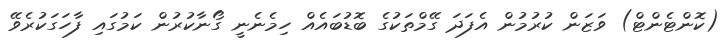
(ކޮންޓެންޓް) ވަޒަން ކުރުމުން އެފަދަ ގޭމްތަކުގެ ބޮޑުބައެއް ހިމެނެނީ ގޯނާކުރުން ކަމުގައި ފާހަގަކުރެވޭ